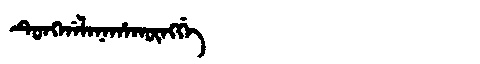
Manchu: ᡨᡠᠩᡤᠠᠯᠠᠨᠠᡥᠠᡴᡡᠩᡤᡝ
Romanization: TUNGGALANAHAKŪNGGE